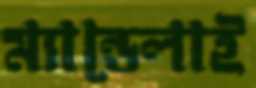
ম্যান্ডেলাই